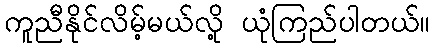
ကူညီနိုင်လိမ့်မယ်လို့ ယုံကြည်ပါတယ်။